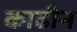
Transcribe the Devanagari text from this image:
काढीन